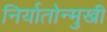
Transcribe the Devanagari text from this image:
निर्यातोन्मुखी